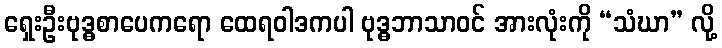
ရှေးဦးဗုဒ္ဓစာပေကရော ထေရဝါဒကပါ ဗုဒ္ဓဘာသာဝင် အားလုံးကို “သံဃာ” လို့